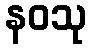
နဝသု